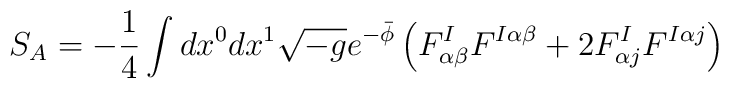
S_{A}=-\frac{1}{4}\int dx^{0}dx^{1}\sqrt{-g}e^{-\bar{\phi}}\left( F_{\alpha\beta }^{I}F^{I\alpha \beta }+2F_{\alpha j}^{I}F^{I\alpha j}\right)